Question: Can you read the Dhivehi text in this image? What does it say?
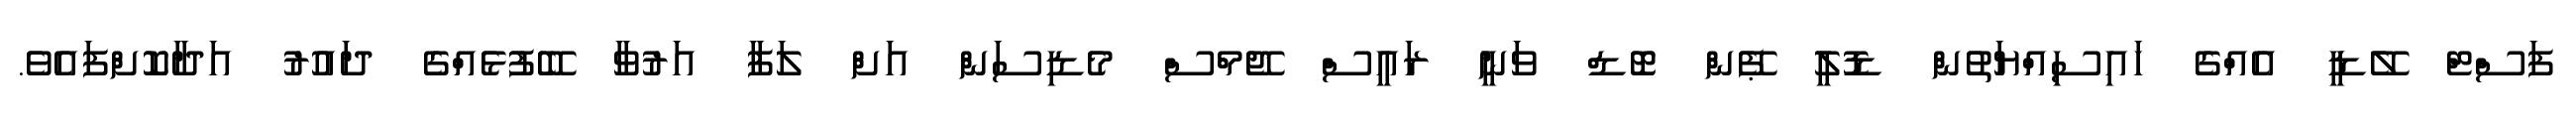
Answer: ފަސްޓް ލޭޑީ އެއްގެ ހައިސިއްޔަތުން ޑޮލީ ޕޭން ޓޮޑް ވަނީ ރައީސް ޖޭމްސް މެޑިސަން އަށް ލަފާ އަރުވާ ބޭފުޅެއްގެ ދައުރު އަދާކޮށްފައެވެ.